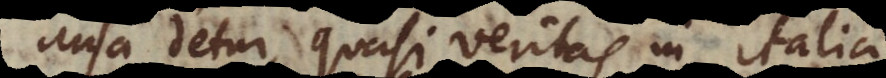
ansa detur, quasi veritas in Italia